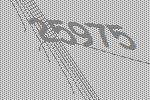
25975